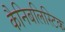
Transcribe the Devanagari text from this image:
कैनिबलिस्टिक